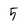
Character: 5